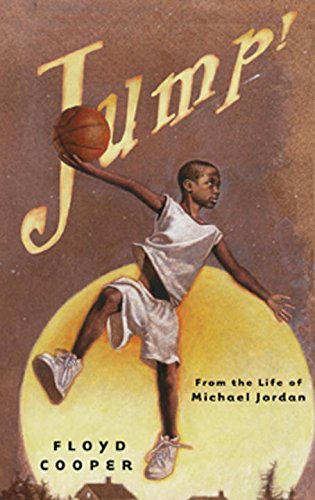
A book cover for Jump!: From the Life of Michael Jordan; Floyd Cooper; Children's Books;